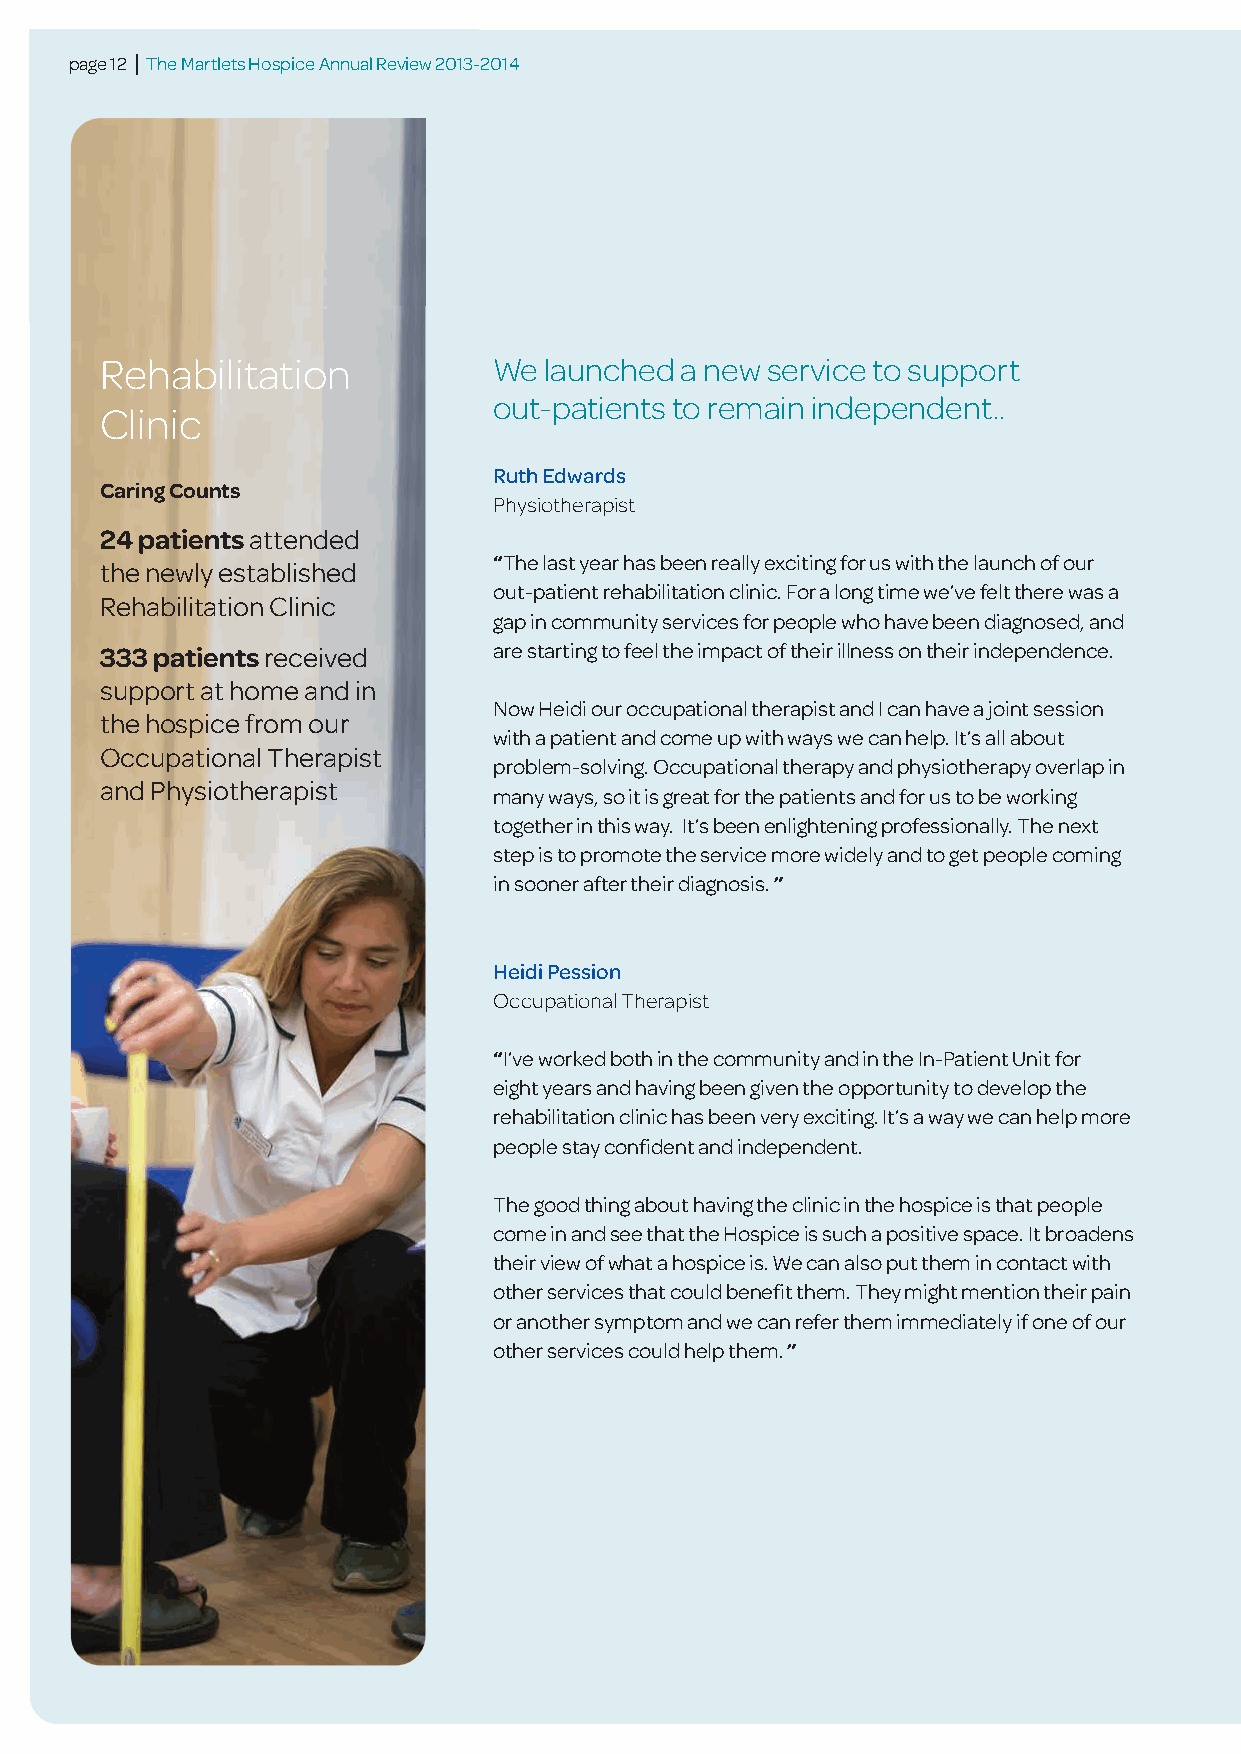
page 12 | The Martlets Hospice Annual Review 2013-2014
 Rehabilitation            We launched a new service to support
 out-patients to remain independent..
 Clinic
 Ruth Edwards
 Caring Counts
 Physiotherapist
 24 patientsattended
 “The last year has been really exciting for us with the launch of our
 the newly established
 out-patient rehabilitation clinic. For a long time we’ve felt there was a
 Rehabilitation Clinic
 gap in community services for people who have been diagnosed, and
 333 patientsreceived      are starting to feel the impact of their illness on their independence.
 support at home and in
 Now Heidi our occupational therapist and I can have a joint session
 the hospice from our
 with a patient and come up with ways we can help. It’s all about
 Occupational Therapist
 problem-solving. Occupational therapy and physiotherapy overlap in
 and Physiotherapist
 many ways, so it is great for the patients and for us to be working
 together in this way. It’s been enlightening professionally. The next
 step is to promote the service more widely and to get people coming
 in sooner after their diagnosis. ”
 Heidi Pession
 Occupational Therapist
 “I’ve worked both in the community and in the In-Patient Unit for
 eightyears and having been given the opportunity to develop the
 rehabilitation clinic has been very exciting. It’s a way we can help more
 people stay confident and independent.
 The good thing about having the clinic in the hospice is that people
 come in and see that the Hospice is such a positive space. It broadens
 their view of what a hospice is. We can also put them in contact with
 other services that could benefit them. They might mention their pain
 or another symptom and we can refer them immediately if one of our
 other services could help them. ”